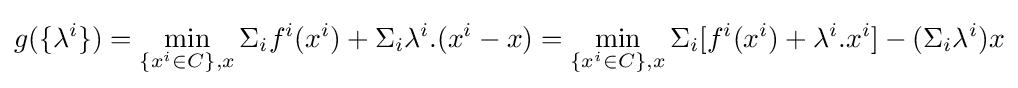
g(\{\lambda ^{i}\})=\min _{\{x^{i}\in C\},x}\Sigma _{i}f^{i}(x^{i})+\Sigma _{i}\lambda ^{i}.(x^{i}-x)=\min _{\{x^{i}\in C\},x}\Sigma _{i}[f^{i}(x^{i})+\lambda ^{i}.x^{i}]-(\Sigma _{i}\lambda ^{i})x